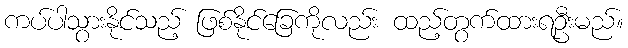
ကပ်ပါသွားနိုင်သည့် ဖြစ်နိုင်ခြေကိုလည်း ထည့်တွက်ထားရဦးမည်။